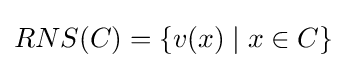
RNS(C)=\{v(x)\mid x\in C\}